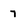
Character: 7